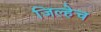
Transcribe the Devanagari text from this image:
जिल्हेच